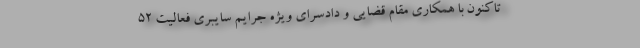
تاکنون با همکاری مقام قضایی و دادسرای ویژه جرایم سایبری فعالیت ۵۲